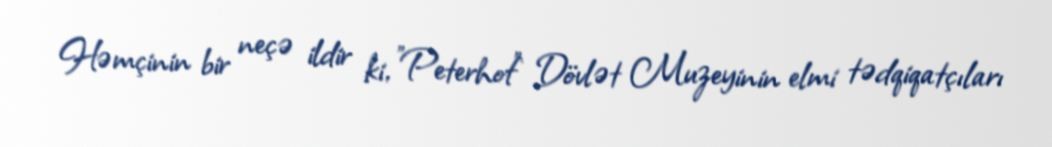
Həmçinin bir neçə ildir ki, "Peterhof" Dövlət Muzeyinin elmi tədqiqatçıları